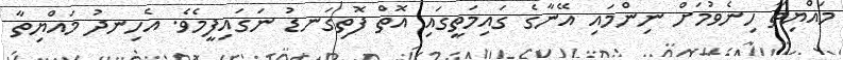
މައްޔިތާ ހިނެވުމަށް ނިންމައި އޭނާގެ ގައިމަތީގައި އޮތް ފޮތިގަނޑު ނަގައިފީމެވެ. އެހިނދު މައްޔިތާ